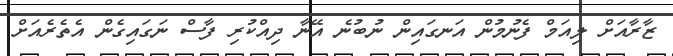
ޒާރާއަށް ލިއަމް ފެނުމުން އަނގައިން ނުބުނެ އޭނާ ދިއްކުރި ފާސް ނަގައިގެން އެތެރެއަށް